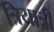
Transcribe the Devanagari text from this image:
त्रियात्री